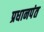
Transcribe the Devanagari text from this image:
प्रधानपंत